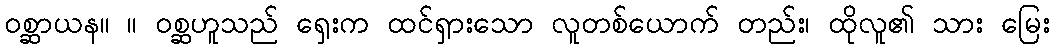
ဝစ္ဆာယန။ ။ ဝစ္ဆဟူသည် ရှေးက ထင်ရှားသော လူတစ်ယောက် တည်း၊ ထိုလူ၏ သား မြေး